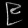
Digit: ၉